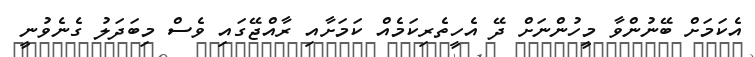
އެކަމަށް ބޭނުންވާ މީހުންނަށް ދޭ އެހީތެރިކަމެއް ކަމަށާއި ރާއްޖޭގައި ވެސް މިބަދަލު ގެނެވުނީ